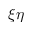
\xi \eta